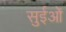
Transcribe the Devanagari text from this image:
सुईओं